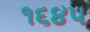
૧૬૪૫